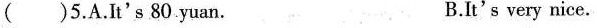
( ) 5. A. It's 80 yuan. B. It's very nice.